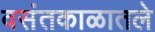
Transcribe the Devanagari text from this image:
वसंतकाळातले